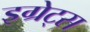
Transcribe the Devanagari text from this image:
इग्रेट्स